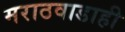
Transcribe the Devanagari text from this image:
मराठवाडाही